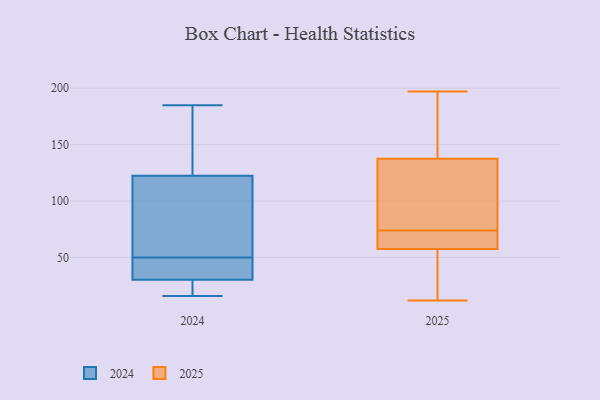
{"axis": {"x": "Backlog", "y": "Value"}, "legend": ["2024", "2025"], "data": [{"x": "", "y": 65, "type": "2025"}, {"x": "", "y": 157, "type": "2025"}, {"x": "", "y": 64, "type": "2025"}, {"x": "", "y": 86, "type": "2025"}, {"x": "", "y": 60, "type": "2025"}, {"x": "", "y": 197, "type": "2025"}, {"x": "", "y": 141, "type": "2025"}, {"x": "", "y": 193, "type": "2025"}, {"x": "", "y": 39, "type": "2025"}, {"x": "", "y": 81, "type": "2025"}, {"x": "", "y": 113, "type": "2025"}, {"x": "", "y": 67, "type": "2025"}, {"x": "", "y": 12, "type": "2025"}, {"x": "", "y": 55, "type": "2025"}, {"x": "", "y": 49, "type": "2025"}, {"x": "", "y": 134, "type": "2025"}, {"x": "", "y": 96, "type": "2024"}, {"x": "", "y": 29, "type": "2024"}, {"x": "", "y": 131, "type": "2024"}, {"x": "", "y": 50, "type": "2024"}, {"x": "", "y": 50, "type": "2024"}, {"x": "", "y": 167, "type": "2024"}, {"x": "", "y": 185, "type": "2024"}, {"x": "", "y": 97, "type": "2024"}, {"x": "", "y": 16, "type": "2024"}, {"x": "", "y": 25, "type": "2024"}, {"x": "", "y": 49, "type": "2024"}, {"x": "", "y": 26, "type": "2024"}, {"x": "", "y": 75, "type": "2024"}, {"x": "", "y": 34, "type": "2024"}, {"x": "", "y": 179, "type": "2024"}]}